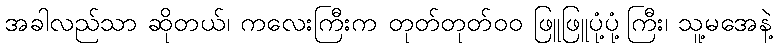
အခါလည်သာ ဆိုတယ်၊ ကလေးကြီးက တုတ်တုတ်၀၀ ဖြူဖြူပုံ့ပုံ့ကြီး၊ သူ့မအေနဲ့